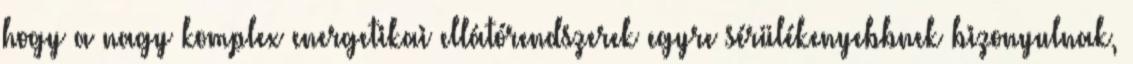
hogy a nagy komplex energetikai ellátórendszerek egyre sérülékenyebbnek bizonyulnak,